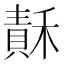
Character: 𥡯